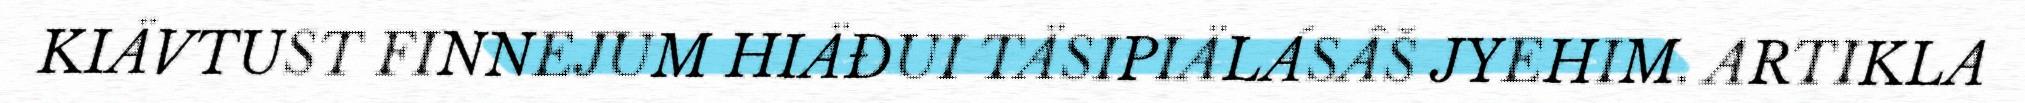
KIÄVTUST FINNEJUM HIÄĐUI TÄSIPIÄLÁSÂŠ JYEHIM. ARTIKLA